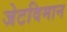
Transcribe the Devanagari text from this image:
जेटविमान